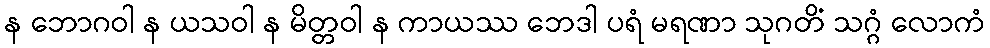
န ဘောဂဝါ န ယသဝါ န မိတ္တဝါ န ကာယဿ ဘေဒါ ပရံ မရဏာ သုဂတိံ သဂ္ဂံ လောကံ